Annual report of the Central Committee of the Association together with the report of the directors of the Pasteur Institute at Kasauli
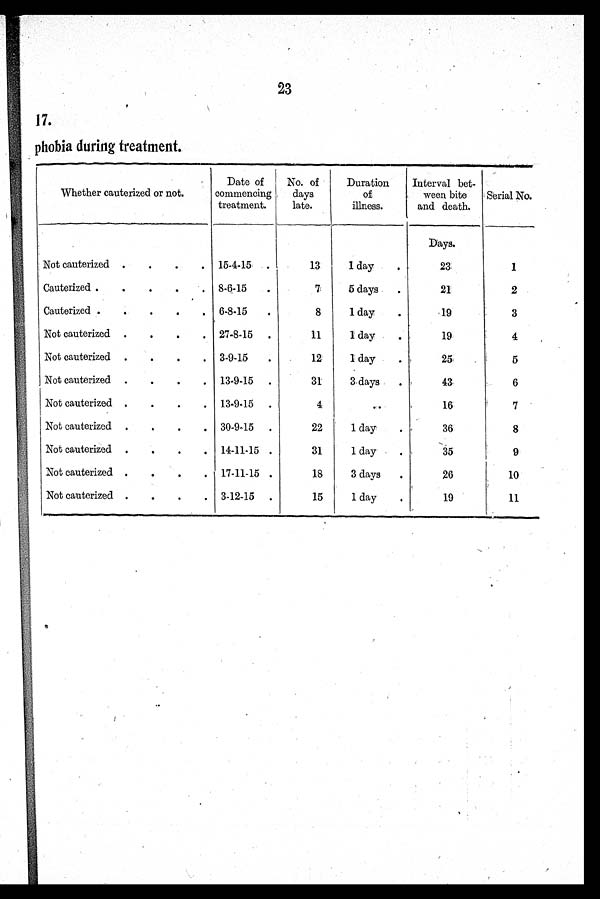
23
17.
phobia during treatment.
Whether cauterized or not.
Date of
commencing
treatment.
No. of
days
late.
Duration
of
illness.
Interval bet-
ween bite
and death.
Serial No.
Days.
Not cauterized
.
.
. 15-4-15 .
13
1 day
.
23
1
Cauterized .
.
8.6-15
.
7
5 days
.
21
2
Cauterized .
..
.
.
. 6-8-15
.
8
1 day
.
19
3
Not cauterized .
.
.
. 27-8-15 .
11
1 day
.
19
4
Not cauterized .
.
.
. 3-9-1.5
.
12
1 day
.
25
5
Not cauterized .
.
.
. 13-9-15 .
31
3 days
.
43
6
Not cauterized .
.
.
. 13.9-15 .
4
.
16
7
Not cauterized .
.
.
. 30-9.15 .
22
1 day
.
36
8
Not cauterized .
.
.
. 14-11-15 .
31
1 day
.
35
9
Not cauterized .
.
.
. 17-11-15 .
18
3 days
.
26
10
Not cauterized .
.
.
. 3-12-15 .
15
1 day
.
19
11